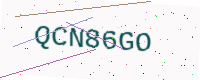
Text: QCN86GO